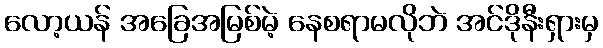
လော့ယန် အခြေအမြစ်မဲ့ နေစရာမလိုဘဲ အင်ဒိုနီးရှားမှ